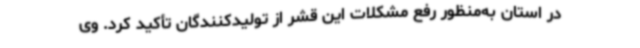
در استان به‌منظور رفع مشکلات این قشر از تولیدکنندگان تأکید کرد. وی